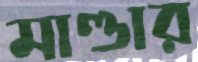
মাণ্ডার